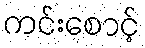
ကင်းစောင့်